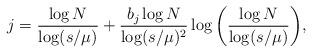
LaTeX: \begin{align*}j = \frac{\log N}{\log(s/\mu)} + \frac{b_j \log N}{\log(s/\mu)^2} \log \bigg( \frac{\log N}{\log(s/\mu)} \bigg),\end{align*}